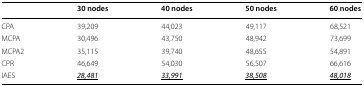
|  | 30 nodes | 40 nodes | 50 nodes | 60 nodes |
 | --- | --- | --- | --- | --- |
 | CPA | 39,209 | 44,023 | 49,117 | 68,521 |
 | MCPA | 30,496 | 43,750 | 48,942 | 73,699 |
 | MCPA2 | 35,115 | 39,740 | 48,655 | 54,891 |
 | CPR | 46,649 | 54,030 | 56,507 | 66,616 |
 | IAES | <underline>28,481</underline> | <underline>33,991</underline> | <underline>38,508</underline> | <underline>48,018</underline> |